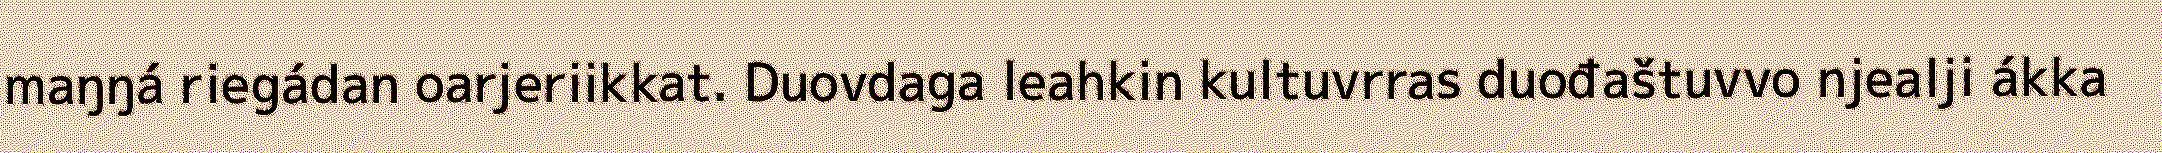
maŋŋá riegádan oarjeriikkat. Duovdaga leahkin kultuvrras duođaštuvvo njealji ákka